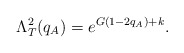
\begin{align*}\Lambda^2_{T}(q_A) = e^{G(1-2q_A) + k} .\end{align*}